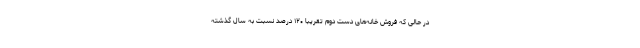
در حالی که فروش خانه‌های دست دوم تقریباً ۱۲۰ درصد نسبت به سال گذشته